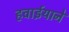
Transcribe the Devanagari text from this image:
हवाईयाने